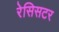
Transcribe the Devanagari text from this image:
रेसिसटर